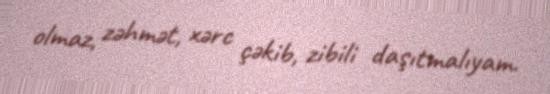
olmaz, zəhmət, xərc çəkib, zibili daşıtmalıyam.